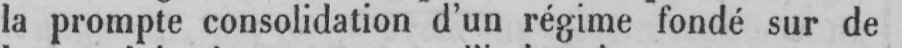
la prompte consolidation d’un régime fondé sur de